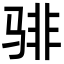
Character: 𬴂